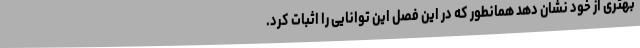
بهتری از خود نشان دهد همانطور که در این فصل این توانایی را اثبات کرد.